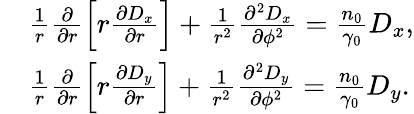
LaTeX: \begin{array}{rl}&{\frac{1}{r}\frac{\partial}{\partial r}\left[r\frac{\partial D_{x}}{\partial r}\right]+\frac{1}{r^{2}}\frac{\partial^{2}D_{x}}{\partial\phi^{2}}=\frac{n_{0}}{\gamma_{0}}D_{x},}\\ &{\frac{1}{r}\frac{\partial}{\partial r}\left[r\frac{\partial D_{y}}{\partial r}\right]+\frac{1}{r^{2}}\frac{\partial^{2}D_{y}}{\partial\phi^{2}}=\frac{n_{0}}{\gamma_{0}}D_{y}.}\end{array}